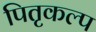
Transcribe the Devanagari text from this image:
पितृकल्प